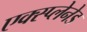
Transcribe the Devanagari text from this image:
एक्स्प्लेनेड